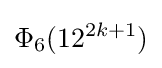
\Phi _{6}(12^{2k+1})